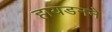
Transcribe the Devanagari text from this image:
हायडनने